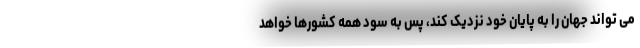
می تواند جهان را به پایان خود نزدیک کند، پس به سود همه کشورها خواهد